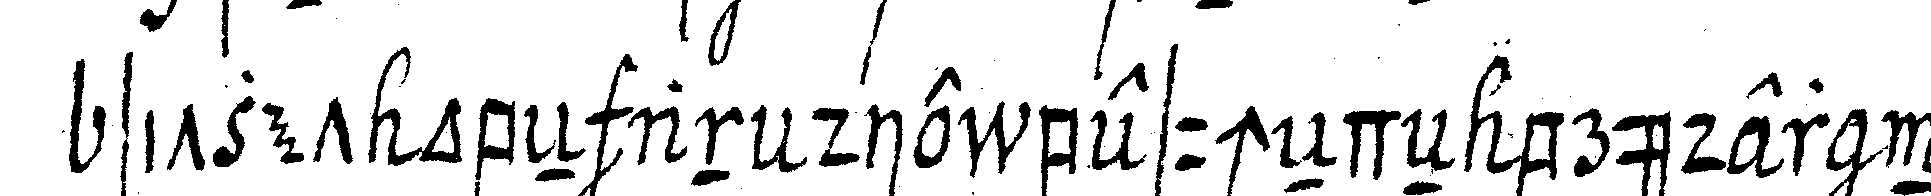
sitzet obeN an die besucheNdeN brüder ne